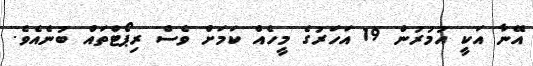
އޭނާ އަކީ އުމުރުން 19 އަހަރުގެ މީހެއް ކަމަށް ވެސް ރިޕޯޓްތައް ބުނެއެވެ.